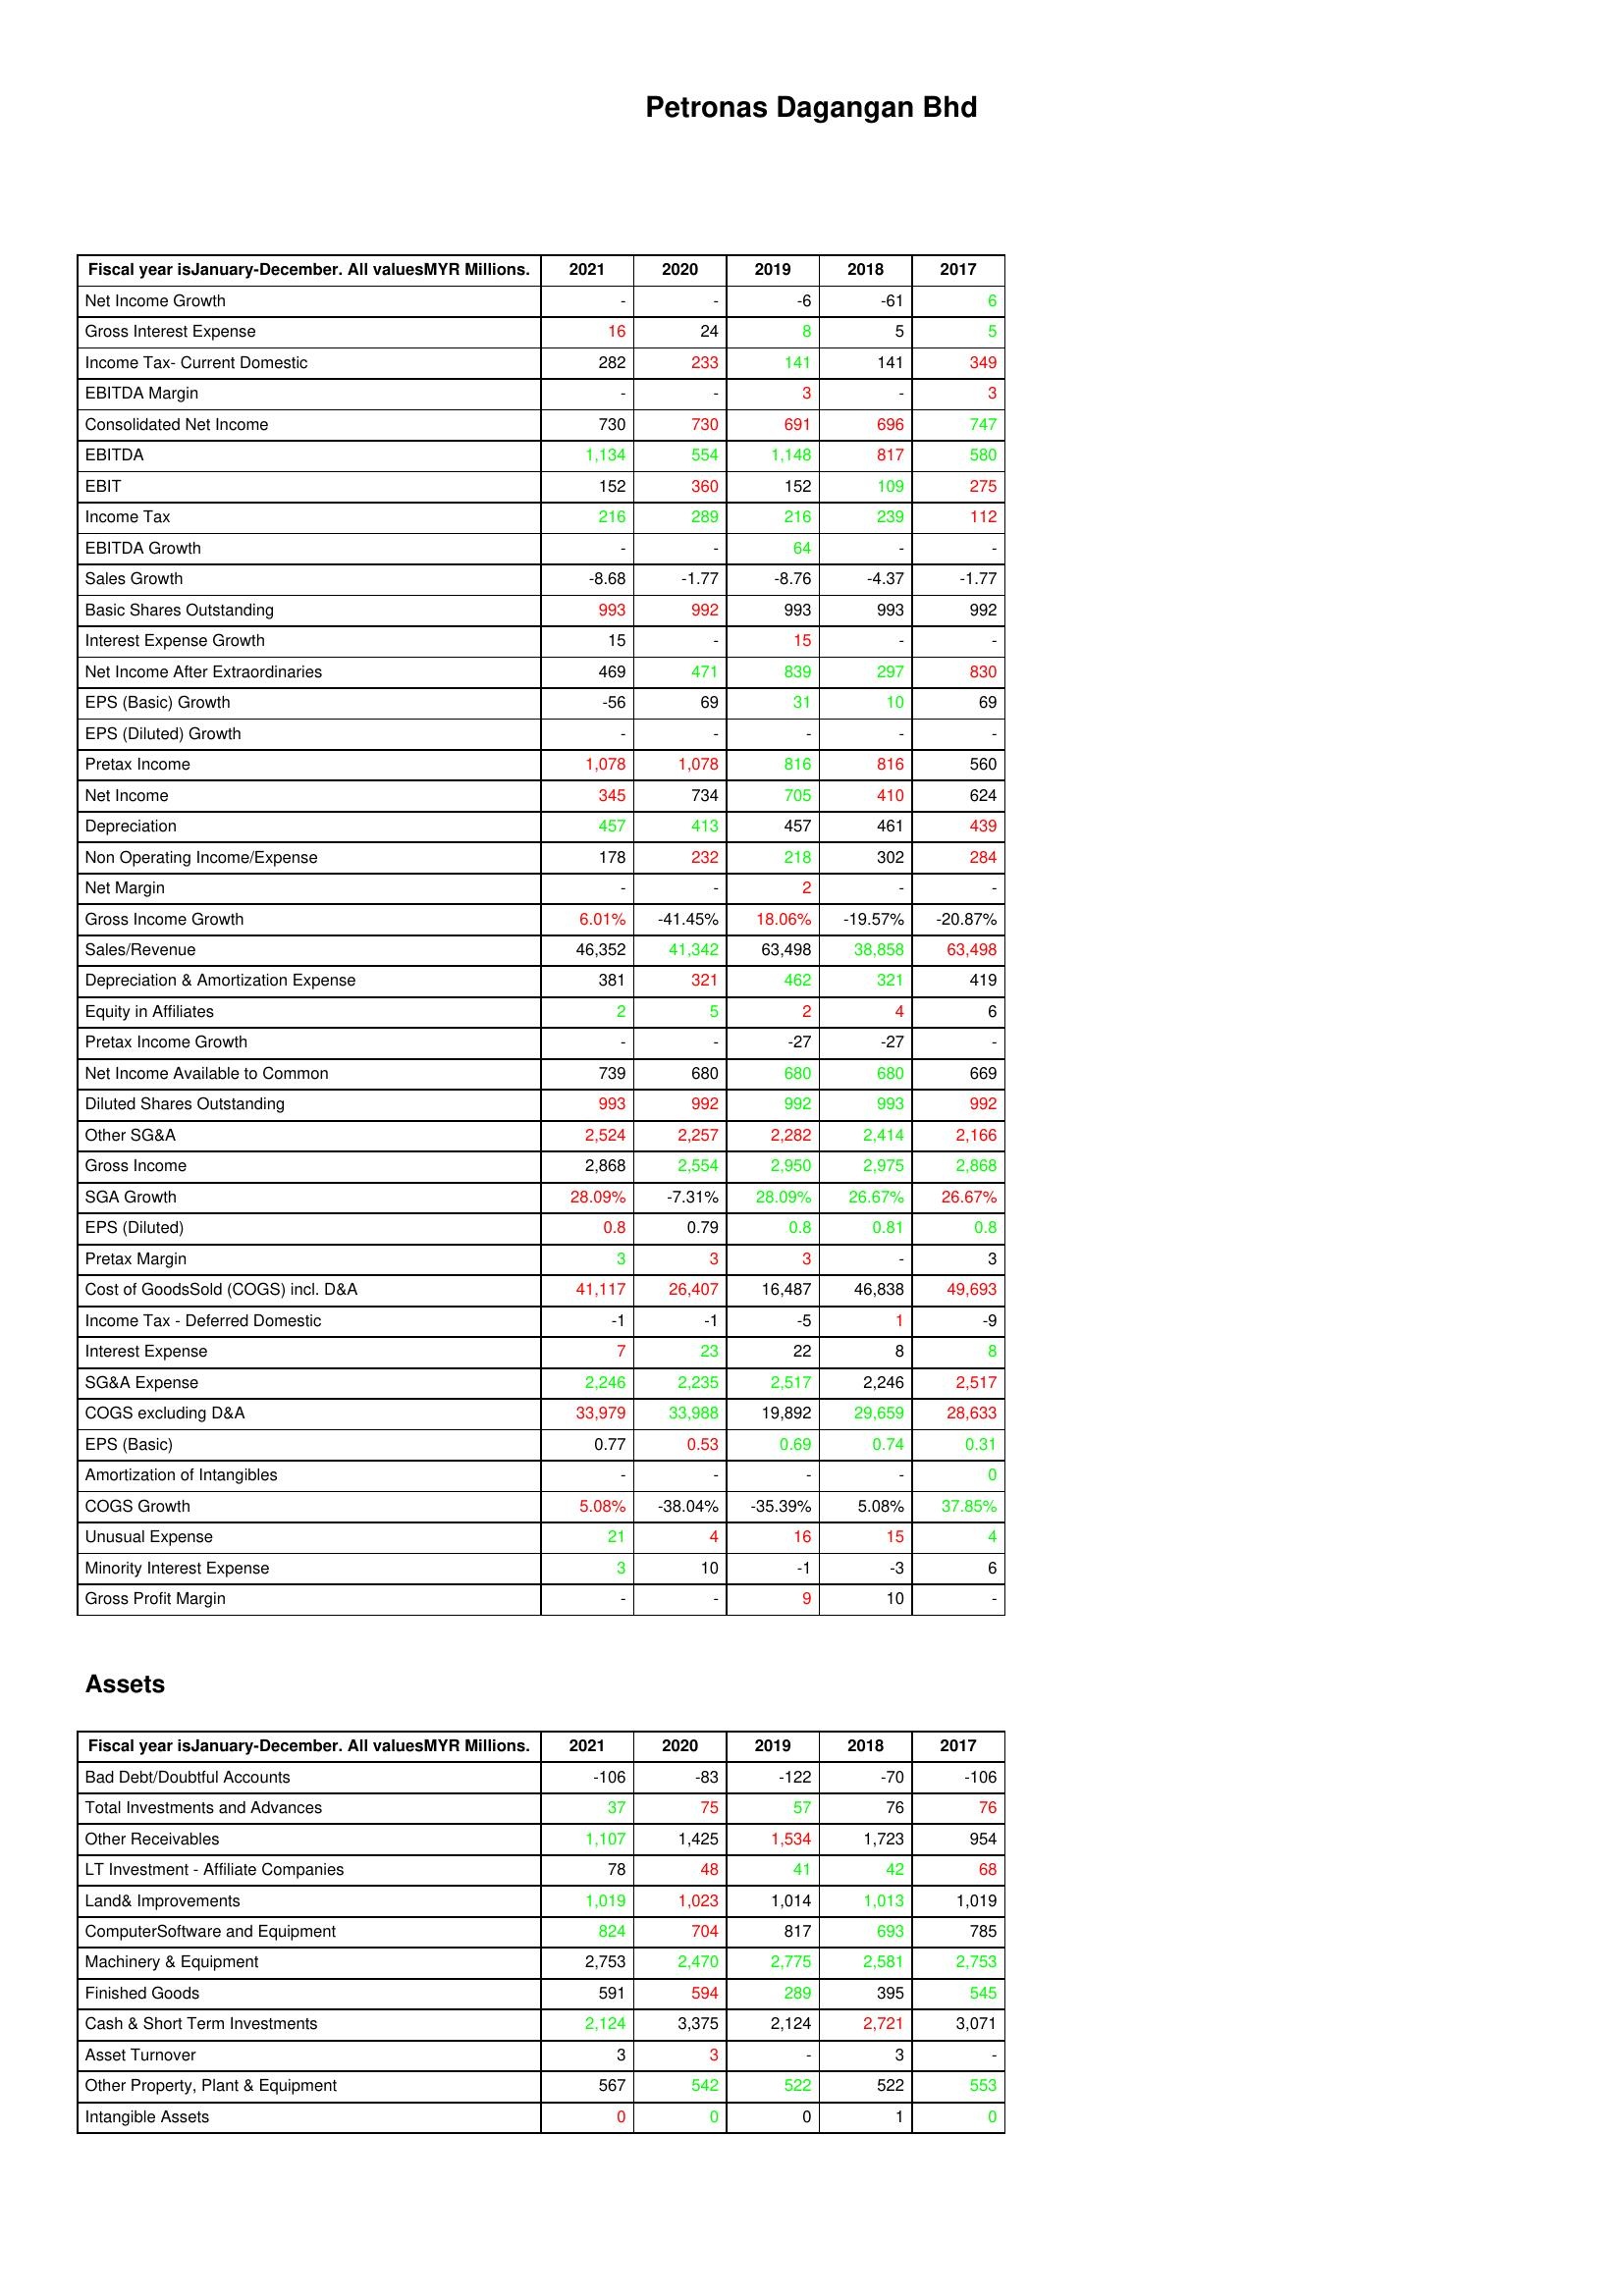
gt_parse: 2021: : Net Income Growth: -
Gross Interest Expense: 16
Income Tax- Current Domestic: 282
EBITDA Margin: -
Consolidated Net Income: 730
EBITDA: 1,134
EBIT: 152
Income Tax: 216
EBITDA Growth: -
Sales Growth: -8.68
Basic Shares Outstanding: 993
Interest Expense Growth: 15
Net Income After Extraordinaries: 469
EPS (Basic) Growth: -56
EPS (Diluted) Growth: -
Pretax Income: 1,078
Net Income: 345
Depreciation: 457
Non Operating Income/Expense: 178
Net Margin: -
Gross Income Growth: 6.01%
Sales/Revenue: 46,352
Depreciation & Amortization Expense: 381
Equity in Affiliates: 2
Pretax Income Growth: -
Net Income Available to Common: 739
Diluted Shares Outstanding: 993
Other SG&A: 2,524
Gross Income: 2,868
SGA Growth: 28.09%
EPS (Diluted): 0.8
Pretax Margin: 3
Cost of GoodsSold (COGS) incl. D&A: 41,117
Income Tax - Deferred Domestic: -1
Interest Expense: 7
SG&A Expense: 2,246
COGS excluding D&A: 33,979
EPS (Basic): 0.77
Amortization of Intangibles: -
COGS Growth: 5.08%
Unusual Expense: 21
Minority Interest Expense: 3
Gross Profit Margin: -
Assets: Bad Debt/Doubtful Accounts: -106
Total Investments and Advances: 37
Other Receivables: 1,107
LT Investment - Affiliate Companies: 78
Land& Improvements: 1,019
ComputerSoftware and Equipment: 824
Machinery & Equipment: 2,753
Finished Goods: 591
Cash & Short Term Investments: 2,124
Asset Turnover: 3
Other Property, Plant & Equipment: 567
Intangible Assets: 0
2020: : Net Income Growth: -
Gross Interest Expense: 24
Income Tax- Current Domestic: 233
EBITDA Margin: -
Consolidated Net Income: 730
EBITDA: 554
EBIT: 360
Income Tax: 289
EBITDA Growth: -
Sales Growth: -1.77
Basic Shares Outstanding: 992
Interest Expense Growth: -
Net Income After Extraordinaries: 471
EPS (Basic) Growth: 69
EPS (Diluted) Growth: -
Pretax Income: 1,078
Net Income: 734
Depreciation: 413
Non Operating Income/Expense: 232
Net Margin: -
Gross Income Growth: -41.45%
Sales/Revenue: 41,342
Depreciation & Amortization Expense: 321
Equity in Affiliates: 5
Pretax Income Growth: -
Net Income Available to Common: 680
Diluted Shares Outstanding: 992
Other SG&A: 2,257
Gross Income: 2,554
SGA Growth: -7.31%
EPS (Diluted): 0.79
Pretax Margin: 3
Cost of GoodsSold (COGS) incl. D&A: 26,407
Income Tax - Deferred Domestic: -1
Interest Expense: 23
SG&A Expense: 2,235
COGS excluding D&A: 33,988
EPS (Basic): 0.53
Amortization of Intangibles: -
COGS Growth: -38.04%
Unusual Expense: 4
Minority Interest Expense: 10
Gross Profit Margin: -
Assets: Bad Debt/Doubtful Accounts: -83
Total Investments and Advances: 75
Other Receivables: 1,425
LT Investment - Affiliate Companies: 48
Land& Improvements: 1,023
ComputerSoftware and Equipment: 704
Machinery & Equipment: 2,470
Finished Goods: 594
Cash & Short Term Investments: 3,375
Asset Turnover: 3
Other Property, Plant & Equipment: 542
Intangible Assets: 0
2019: : Net Income Growth: -6
Gross Interest Expense: 8
Income Tax- Current Domestic: 141
EBITDA Margin: 3
Consolidated Net Income: 691
EBITDA: 1,148
EBIT: 152
Income Tax: 216
EBITDA Growth: 64
Sales Growth: -8.76
Basic Shares Outstanding: 993
Interest Expense Growth: 15
Net Income After Extraordinaries: 839
EPS (Basic) Growth: 31
EPS (Diluted) Growth: -
Pretax Income: 816
Net Income: 705
Depreciation: 457
Non Operating Income/Expense: 218
Net Margin: 2
Gross Income Growth: 18.06%
Sales/Revenue: 63,498
Depreciation & Amortization Expense: 462
Equity in Affiliates: 2
Pretax Income Growth: -27
Net Income Available to Common: 680
Diluted Shares Outstanding: 992
Other SG&A: 2,282
Gross Income: 2,950
SGA Growth: 28.09%
EPS (Diluted): 0.8
Pretax Margin: 3
Cost of GoodsSold (COGS) incl. D&A: 16,487
Income Tax - Deferred Domestic: -5
Interest Expense: 22
SG&A Expense: 2,517
COGS excluding D&A: 19,892
EPS (Basic): 0.69
Amortization of Intangibles: -
COGS Growth: -35.39%
Unusual Expense: 16
Minority Interest Expense: -1
Gross Profit Margin: 9
Assets: Bad Debt/Doubtful Accounts: -122
Total Investments and Advances: 57
Other Receivables: 1,534
LT Investment - Affiliate Companies: 41
Land& Improvements: 1,014
ComputerSoftware and Equipment: 817
Machinery & Equipment: 2,775
Finished Goods: 289
Cash & Short Term Investments: 2,124
Asset Turnover: -
Other Property, Plant & Equipment: 522
Intangible Assets: 0
2018: : Net Income Growth: -61
Gross Interest Expense: 5
Income Tax- Current Domestic: 141
EBITDA Margin: -
Consolidated Net Income: 696
EBITDA: 817
EBIT: 109
Income Tax: 239
EBITDA Growth: -
Sales Growth: -4.37
Basic Shares Outstanding: 993
Interest Expense Growth: -
Net Income After Extraordinaries: 297
EPS (Basic) Growth: 10
EPS (Diluted) Growth: -
Pretax Income: 816
Net Income: 410
Depreciation: 461
Non Operating Income/Expense: 302
Net Margin: -
Gross Income Growth: -19.57%
Sales/Revenue: 38,858
Depreciation & Amortization Expense: 321
Equity in Affiliates: 4
Pretax Income Growth: -27
Net Income Available to Common: 680
Diluted Shares Outstanding: 993
Other SG&A: 2,414
Gross Income: 2,975
SGA Growth: 26.67%
EPS (Diluted): 0.81
Pretax Margin: -
Cost of GoodsSold (COGS) incl. D&A: 46,838
Income Tax - Deferred Domestic: 1
Interest Expense: 8
SG&A Expense: 2,246
COGS excluding D&A: 29,659
EPS (Basic): 0.74
Amortization of Intangibles: -
COGS Growth: 5.08%
Unusual Expense: 15
Minority Interest Expense: -3
Gross Profit Margin: 10
Assets: Bad Debt/Doubtful Accounts: -70
Total Investments and Advances: 76
Other Receivables: 1,723
LT Investment - Affiliate Companies: 42
Land& Improvements: 1,013
ComputerSoftware and Equipment: 693
Machinery & Equipment: 2,581
Finished Goods: 395
Cash & Short Term Investments: 2,721
Asset Turnover: 3
Other Property, Plant & Equipment: 522
Intangible Assets: 1
2017: : Net Income Growth: 6
Gross Interest Expense: 5
Income Tax- Current Domestic: 349
EBITDA Margin: 3
Consolidated Net Income: 747
EBITDA: 580
EBIT: 275
Income Tax: 112
EBITDA Growth: -
Sales Growth: -1.77
Basic Shares Outstanding: 992
Interest Expense Growth: -
Net Income After Extraordinaries: 830
EPS (Basic) Growth: 69
EPS (Diluted) Growth: -
Pretax Income: 560
Net Income: 624
Depreciation: 439
Non Operating Income/Expense: 284
Net Margin: -
Gross Income Growth: -20.87%
Sales/Revenue: 63,498
Depreciation & Amortization Expense: 419
Equity in Affiliates: 6
Pretax Income Growth: -
Net Income Available to Common: 669
Diluted Shares Outstanding: 992
Other SG&A: 2,166
Gross Income: 2,868
SGA Growth: 26.67%
EPS (Diluted): 0.8
Pretax Margin: 3
Cost of GoodsSold (COGS) incl. D&A: 49,693
Income Tax - Deferred Domestic: -9
Interest Expense: 8
SG&A Expense: 2,517
COGS excluding D&A: 28,633
EPS (Basic): 0.31
Amortization of Intangibles: 0
COGS Growth: 37.85%
Unusual Expense: 4
Minority Interest Expense: 6
Gross Profit Margin: -
Assets: Bad Debt/Doubtful Accounts: -106
Total Investments and Advances: 76
Other Receivables: 954
LT Investment - Affiliate Companies: 68
Land& Improvements: 1,019
ComputerSoftware and Equipment: 785
Machinery & Equipment: 2,753
Finished Goods: 545
Cash & Short Term Investments: 3,071
Asset Turnover: -
Other Property, Plant & Equipment: 553
Intangible Assets: 0